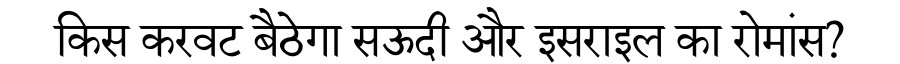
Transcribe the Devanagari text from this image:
किस करवट बैठेगा सऊदी और इसराइल का रोमांस?